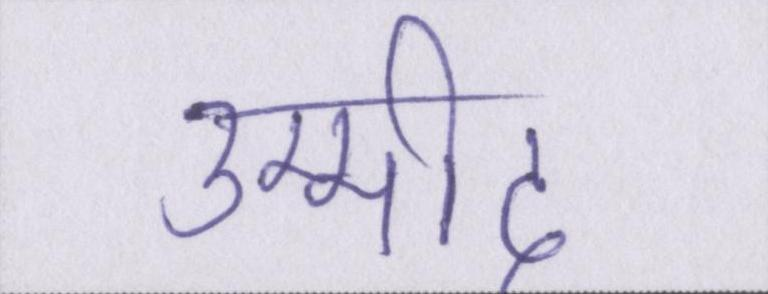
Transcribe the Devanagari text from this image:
उम्मीद